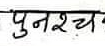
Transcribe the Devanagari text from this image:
पुनश्च